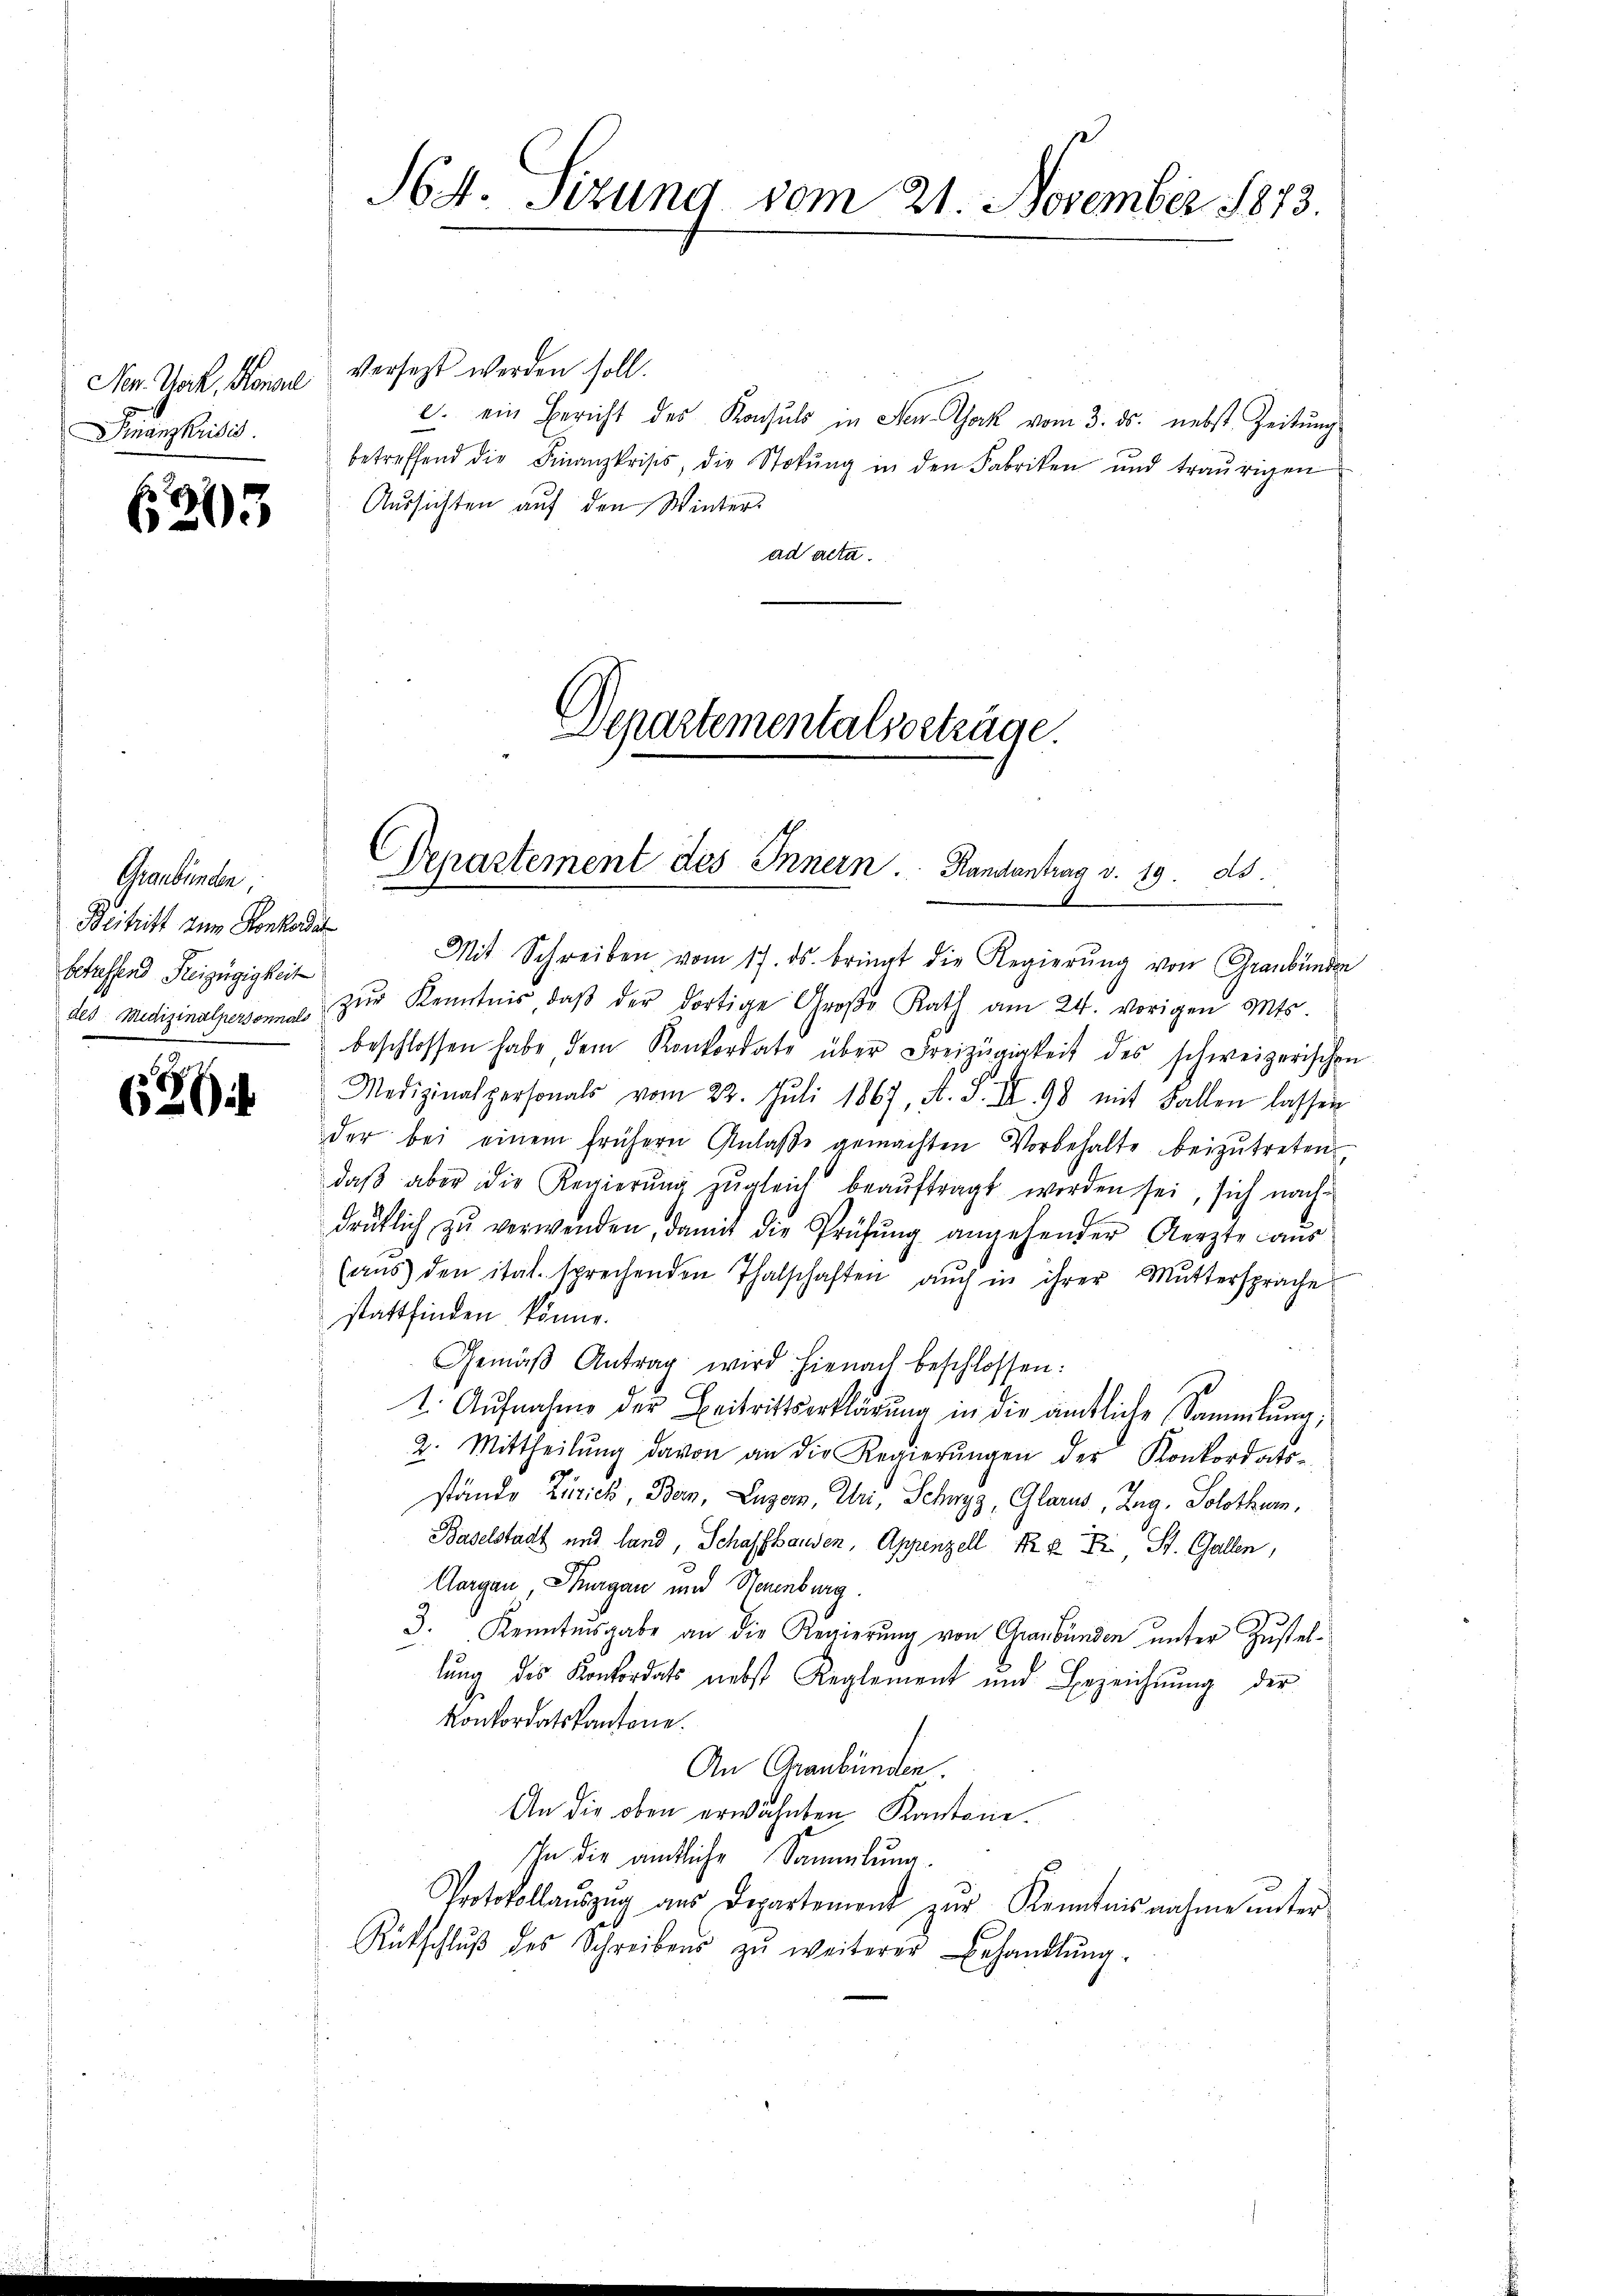
Ner. Nack, Konse
Finanzkrisis.

29
203

Graubünden,
Beitritt dem Konkordat
betreffend Freizügigkeit

626

S64. Sizung vom 21. November 1873.

versezt werden soll.
c. ein Bericht des Konsuls in den Gack vom 3. ds. nebst Zeitung
betreffend die Finanzkrisis, die Stokŭng in den Fabriken und traurigen
Aussichten auf den Winterad acta.
Departementalsbeträge.

Mit Schreiben vom 17. ds. bringt die Regierŭng von Graubünden
des Medizinalpersonne zŭr Kenntnis, daβ der dortige Große Rath am 24. vorigen Mts.
beschlossen habe, dem Konkordate über Freizügigkeit des schweizerischen
Medizinalpersonals vom 22. Jŭli 1867, A. S. II. 98 mit Fallen lassen
der bei einem frühern Anlaβe gemachten Vorbehalte beizŭtreten,
daβ aber die Regierŭng zŭgleich beaŭftragt worden sei, sich nach-
drüklich zŭ verwenden, damit die Prüfŭng angehender Aerzte aŭs
(aŭs den ital. sprechenden Thalschaften aŭch in ihrer Mŭttersprache
stattfinden könne.
Gemäβ Antrag wird hienach beschlossen:
s
1. Aŭfnahme der Beitrittserklärung in die ämtliche Sammlung,
2. Mittheilŭng davon an die Regierŭngen der Konkordats-
stände Zürich, Bern, Luzern, Uri, Schwyz, Glarus, Zug, Solothurn,
Baselstadt und land, Schaffhausen, Appenzell Fr. 2 Fr. St. Gallen,
Aargau, Thurgau und Neuenburg.
3. Kenntnisgabe an die Regierŭng von Graubünden ŭnter Zŭstel-
lŭng des Konkordats nebst Reglement und Bezeichnung der
Konkordatskantone.
An Graubünden.
An die oben erwähnten Kantone.
Ihn die amtliche Sammlung.
Protokollaŭszŭg aŭs Departement zŭr Kenntnis nahme ŭnter-
Rütschlŭβ des Schreibens zŭ weiterer Behandlŭng.

Departement des Innern Randantrag v. 19. ds.
A